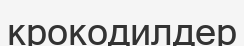
крокодилдер